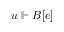
u \Vdash B [ e ]